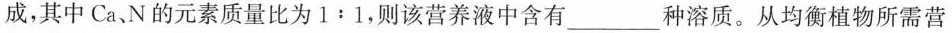
成，其中Ca、N的元素质量比为$$1 : 1$$，则该营养液中含有___种溶质。从均衡植物所需营